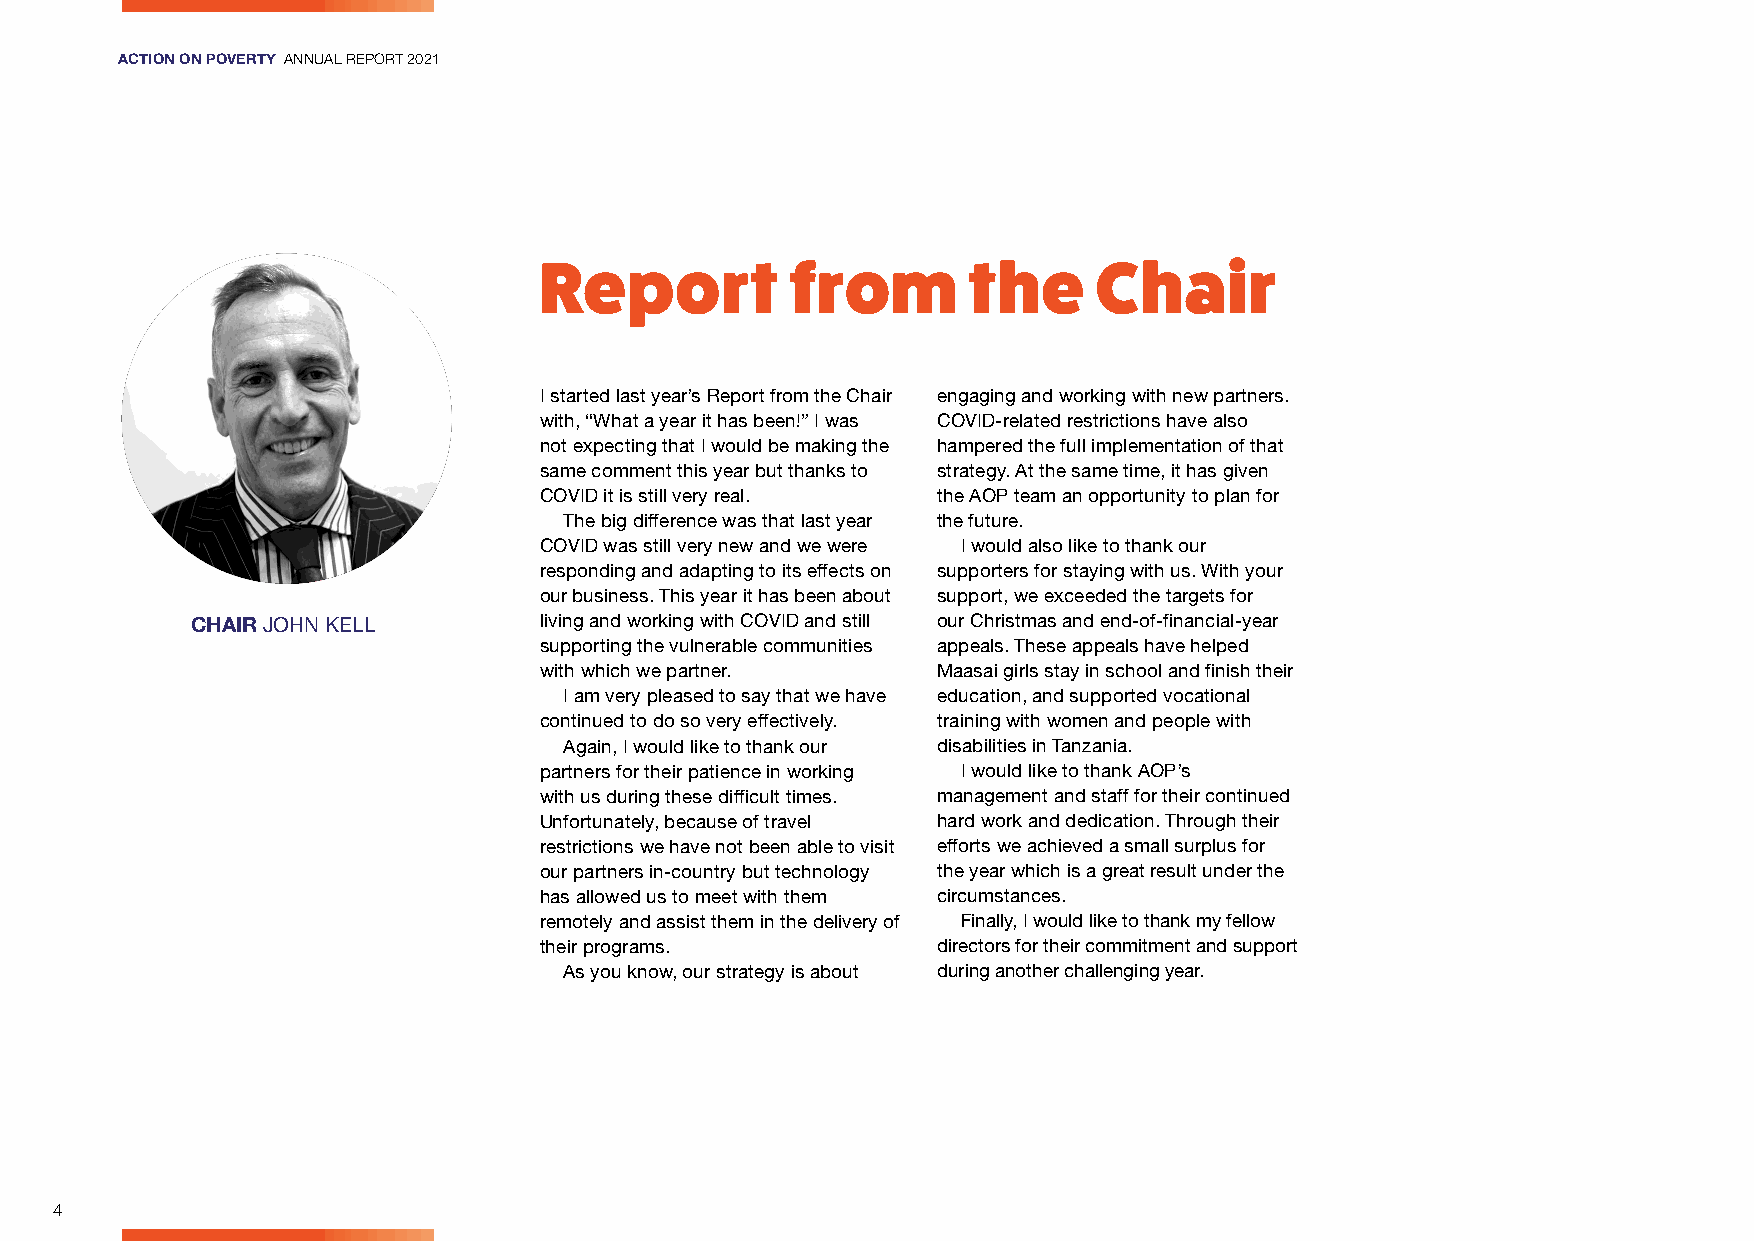
ACTION ON POVERTY ANNUAL REPORT 2021
 Report          from        the      Chair
 I started last year’s Report from the Chair engaging and working with new partners.
 with, “What a year it has been!” I was COVID-related restrictions have also
 not expecting that I would be making the hampered the full implementation of that
 same comment this year but thanks to strategy. At the same time, it has given
 COVID it is still very real. the AOP team an opportunity to plan for
 The big difference was that last year the future.
 COVID was still very new and we were I would also like to thank our
 responding and adapting to its effects on supporters for staying with us. With your
 our business. This year it has been about support, we exceeded the targets for
 CHAIR JOHN KELL        living and working with COVID and still our Christmas and end-of-financial-year
 supporting the vulnerable communities appeals. These appeals have helped
 with which we partner.    Maasai girls stay in school and finish their
 I am very pleased to say that we have education, and supported vocational
 continued to do so very effectively. training with women and people with
 Again, I would like to thank our disabilities in Tanzania.
 partners for their patience in working I would like to thank AOP’s
 with us during these difficult times. management and staff for their continued
 Unfortunately, because of travel hard work and dedication. Through their
 restrictions we have not been able to visit efforts we achieved a small surplus for
 our partners in-country but technology the year which is a great result under the
 has allowed us to meet with them circumstances.
 remotely and assist them in the delivery of Finally, I would like to thank my fellow
 their programs.           directors for their commitment and support
 As you know, our strategy is about during another challenging year.
 4